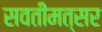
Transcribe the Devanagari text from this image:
सवतीमत्सर